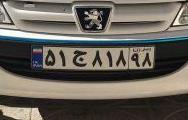
۵۱ج۸۱۸۹۸